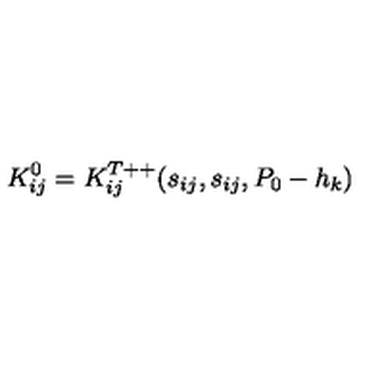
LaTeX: K _ { i j } ^ { 0 } = K _ { i j } ^ { T + + } ( s _ { i j } , s _ { i j } , P _ { 0 } - h _ { k } )